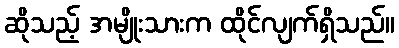
ဆိုသည့် အမျိုးသားက ထိုင်လျက်ရှိသည်။